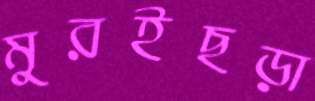
মুরইছড়া